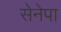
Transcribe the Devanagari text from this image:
सेनेपा